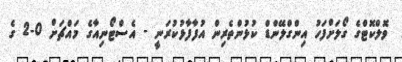
ވޮލްކޮޓްގެ ގޯލަށްފަހު އިންގްލޭންޑް ކުޅުންތެރިން އުފާފާޅުކުރަނީ - އެސްޓޯނިއާގެ މައްޗަށް 0-2 ގެ